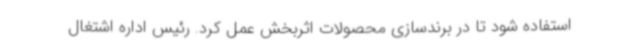
استفاده شود تا در برندسازی محصولات اثربخش عمل کرد. رئیس اداره اشتغال